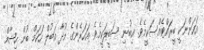
އަހަންނަކީ ބީރައްޓެއްސަކީމެވެ. އިބުނި ސަބީލަކީމެވެ. އަހަރެންގެ މުދާ އަބުލް ހަކަމް ބުން ހިޝާމް